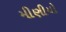
મીણીયો